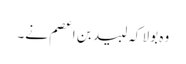
وہ بولا کہ لبید بن اعصم نے۔